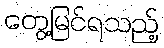
တွေ့မြင်ရသည့်